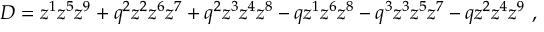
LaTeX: { \cal D } = z ^ { 1 } z ^ { 5 } z ^ { 9 } + q ^ { 2 } z ^ { 2 } z ^ { 6 } z ^ { 7 } + q ^ { 2 } z ^ { 3 } z ^ { 4 } z ^ { 8 } - q z ^ { 1 } z ^ { 6 } z ^ { 8 } - q ^ { 3 } z ^ { 3 } z ^ { 5 } z ^ { 7 } - q z ^ { 2 } z ^ { 4 } z ^ { 9 } \ ,